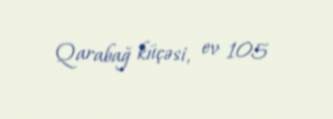
Qarabağ küçəsi, ev 105